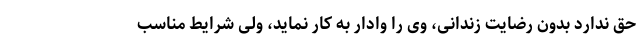
حق ندارد بدون رضایت زندانی، وی را وادار به کار نماید، ولی شرایط مناسب